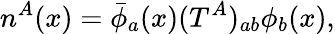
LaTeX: n^{A}(x)=\bar{\phi}_{a}(x)(T^{A})_{ab}\phi_{b}(x),